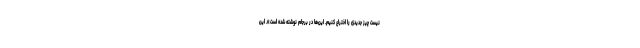
نیست چیز جدیدی را اختراع کنیم. این‌ها در برجام نوشته شده است». این